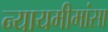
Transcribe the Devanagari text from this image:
न्यायमीमांसा